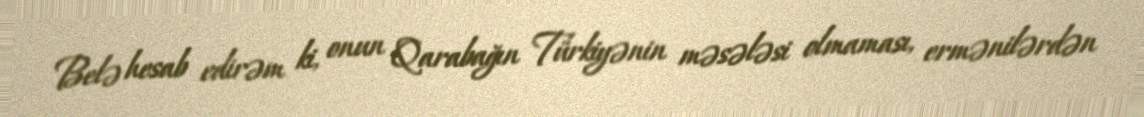
Belə hesab edirəm ki, onun Qarabağın Türkiyənin məsələsi olmaması, ermənilərdən